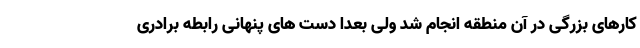
کارهای بزرگی در آن منطقه انجام شد ولی بعدا دست های پنهانی رابطه برادری